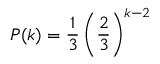
P ( k ) = \frac { 1 } { 3 } \left( \frac { 2 } { 3 } \right) ^ { k - 2 }